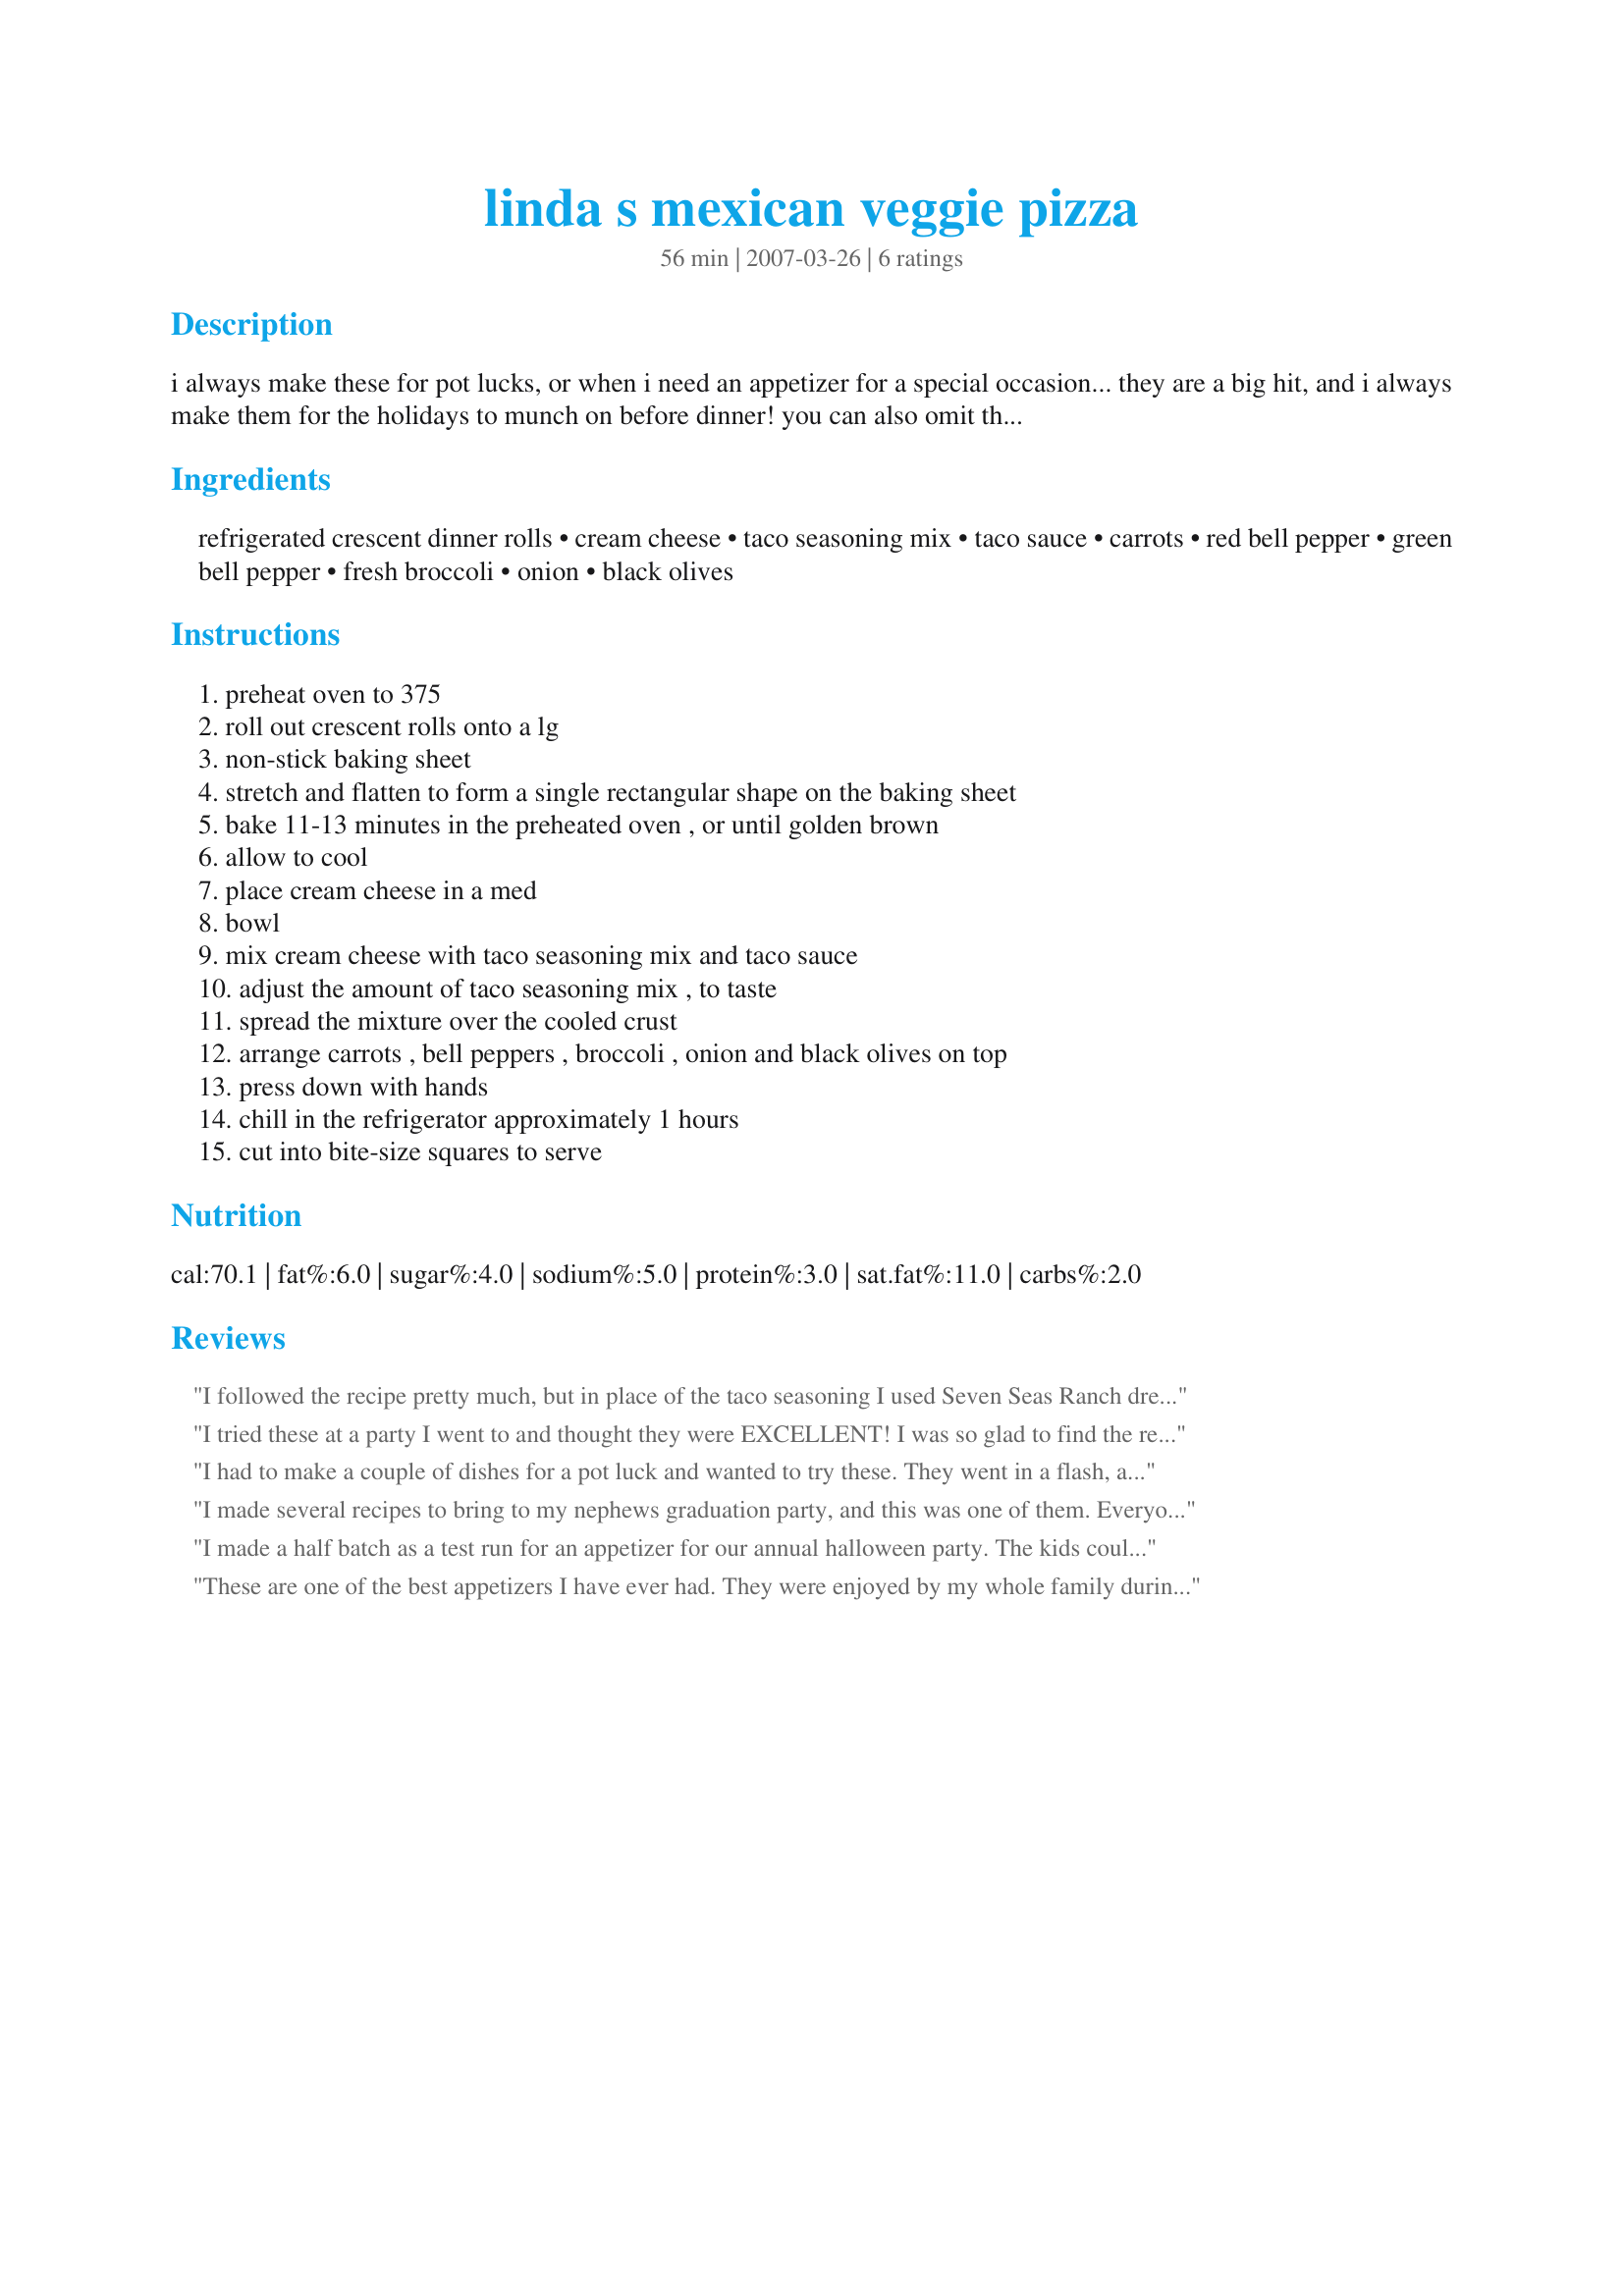
linda s mexican veggie pizza
Preparation time: 56 minutes

i always make these for pot lucks, or when i need an appetizer for a special occasion... they are a big hit, and i always make them for the holidays to munch on before dinner! you can also omit the taco seasoning mix and salsa and use 1 pkg. seven seas ranch dip mixed in with the cream cheese instead, to make just a regular veggie pizza. it is also very good!

Ingredients:
refrigerated crescent dinner rolls, cream cheese, taco seasoning mix, taco sauce, carrots, red bell pepper, green bell pepper, fresh broccoli, onion, black olives

Steps:
preheat oven to 375, roll out crescent rolls onto a lg, non-stick baking sheet, stretch and flatten to form a single rectangular shape on the baking sheet, bake 11-13 minutes in the preheated oven , or until golden brown, allow to cool, place cream cheese in a med, bowl, mix cream cheese with taco seasoning mix and taco sauce, adjust the amount of taco seasoning mix , to taste, spread the mixture over the cooled crust, arrange carrots , bell peppers , broccoli , onion and black olives on top, press down with hands, chill in the refrigerator approximately 1 hours, cut into bite-size squares to serve

Reviews:
I followed the recipe pretty much, but in place of the taco seasoning I used Seven Seas Ranch dressing mix. The kids dug in and kept going back to the table until the plate was empty. Needless to say the pizza went over real well with the adults too! I like the fact that it is somewhat healthy with all the veggies. Makes me feel not so guilty for pigging out! Excellent appetizer. Thank you for sharing!
I tried these at a party I went to and thought they were EXCELLENT! I was so glad to find the recipe posted here. I made for my DD's college graduation party and it was one of the favorites on the table! Everyone was going back for seconds and thirds, so I know they thought they were good! The heard one of the kids commenting, "I never had these before, but I want my mom to have this recipe!" I will make this often now that I have it. It's already into my favorites box, to have and to hold until death do us part LOL. Thanks for sharing it with us!
I had to make a couple of dishes for a pot luck and wanted to try these. They went in a flash, and I was mighty lucky to get one!!! These things fly out of the dish. I've never seen anything like it! The kids especially liked them, and it's a great way to get the veggies into them. We will have again and again for parties etc., and I can't wait to show off my new recipe at work. I am going to be the appetizer diva of the month when these things hit the lunch room!!!
I made several recipes to bring to my nephews graduation party, and this was one of them. Everyone chowed down on these like they were going out of style! I loved mine and my DH couldn't leave them alone. I bet he was at the table 6 times getting these! Guess I will have to make some for us :) These were delicious and tasted really great! It takes awhile to cut up the veggies and get things ready, but these are so worth the time and effort! Thanks for sharing this recipe with us Linda!
I made a half batch as a test run for an appetizer for our annual halloween party. The kids couldn't leave them alone, and it looked so pretty with all the colors of fall (green broccoli, red, orange and yellow peppers, carrots). Just what I was looking for.
These are one of the best appetizers I have ever had. They were enjoyed by my whole family during the holidays and I have made them a couple of times since just for us. The kids really love them too. They even fought over the last one!
